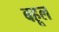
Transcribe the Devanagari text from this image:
बहूल